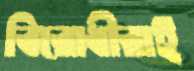
বিরোধীরাই